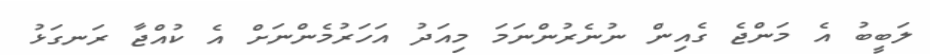
ލަބީބު އެ މަންޖެ ގެއިން ނުނެރުންނަމަ މިއަދު އަހަރުމެންނަށް އެ ކުއްޖާ ރަނގަޅު